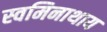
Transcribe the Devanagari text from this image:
स्वमिनाथाय